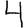
Digit: 4